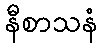
နီစာသနံ